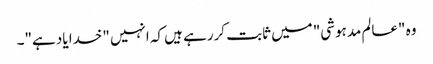
وہ "عالم مدہوشی" میں ثابت کررہے ہیں کہ انہیں "خدا یاد ہے"۔